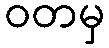
ဝတမှ